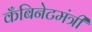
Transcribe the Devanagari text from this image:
कँबिनेटमंत्री